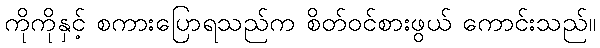
ကိုကိုနှင့် စကားပြောရသည်က စိတ်ဝင်စားဖွယ် ကောင်းသည်။